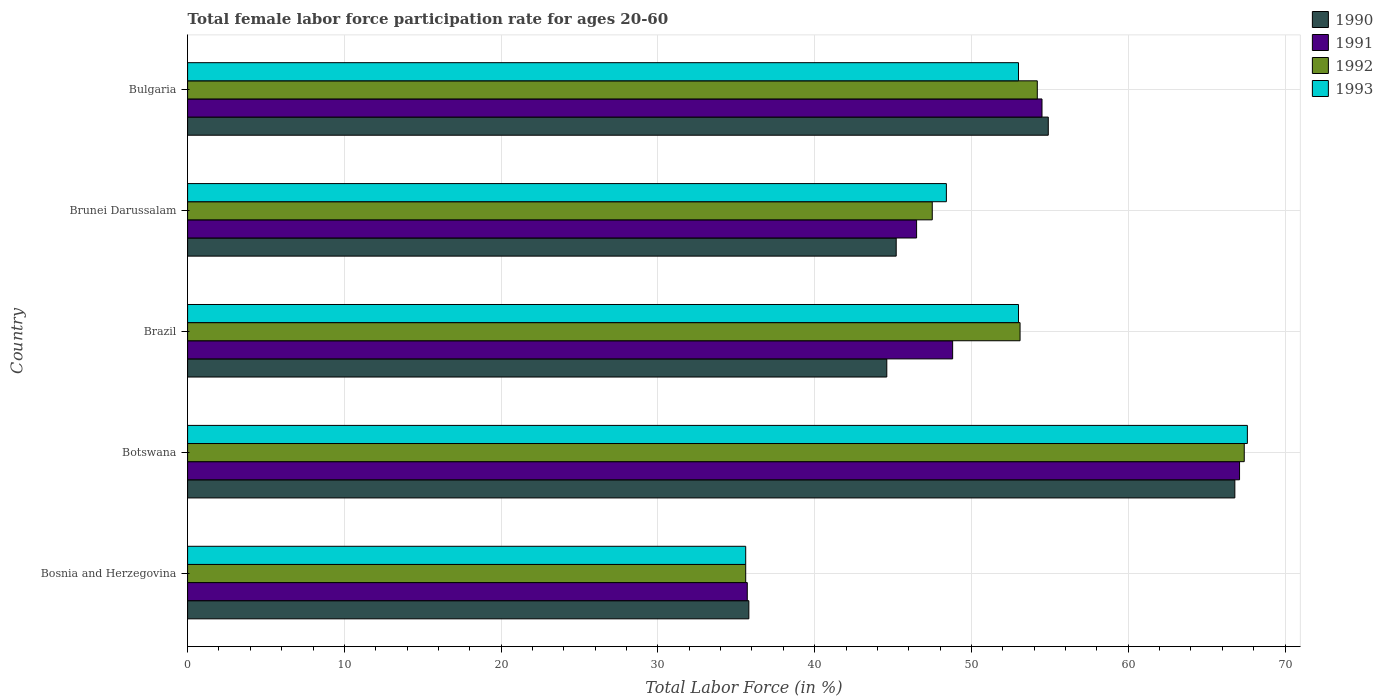
| Country | 1990 | 1991 | 1992 | 1993 |
 | --- | --- | --- | --- | --- |
 | Bosnia and Herzegovina | 35.8 | 35.7 | 35.6 | 35.6 |
 | Botswana | 66.8 | 67.1 | 67.4 | 67.6 |
 | Brazil | 44.6 | 48.8 | 53.1 | 53 |
 | Brunei Darussalam | 45.2 | 46.5 | 47.5 | 48.4 |
 | Bulgaria | 54.9 | 54.5 | 54.2 | 53 |